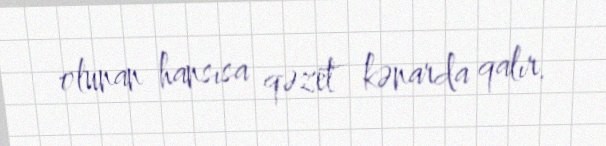
olunan hansısa qəzet kənarda qalır.